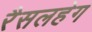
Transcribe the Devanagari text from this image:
रैसलहेग